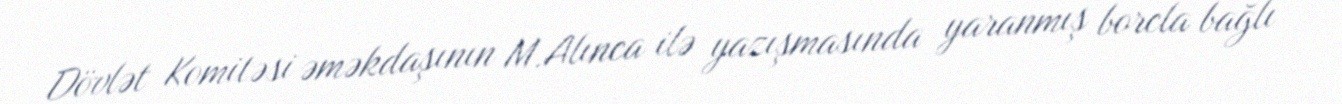
Dövlət Komitəsi əməkdaşının M.Alınca ilə yazışmasında yaranmış borcla bağlı